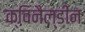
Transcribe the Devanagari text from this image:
क्विनैल्डीन